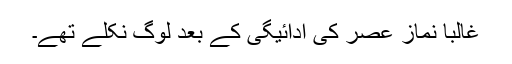
غالبا نماز عصر کی ادائیگی کے بعد لوگ نکلے تھے۔